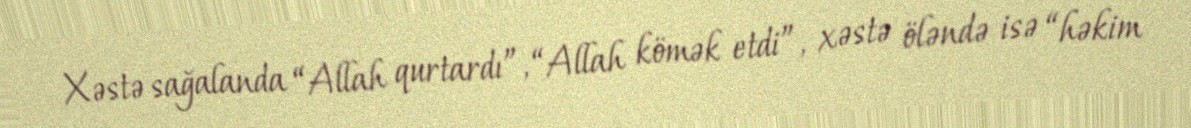
Xəstə sağalanda “Allah qurtardı”, “Allah kömək etdi”, xəstə öləndə isə “həkim